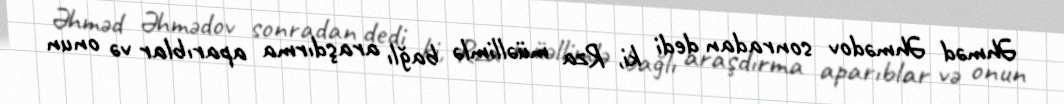
Əhməd Əhmədov sonradan dedi ki, Rza müəllimlə bağlı araşdırma aparıblar və onun